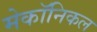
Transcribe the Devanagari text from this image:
मेकॉनिकल